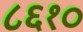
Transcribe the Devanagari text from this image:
८६१०